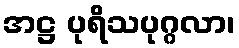
အဋ္ဌ ပုရိသပုဂ္ဂလာ၊